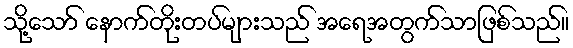
သို့သော် နောက်တိုးတပ်များသည် အရေအတွက်သာဖြစ်သည်။